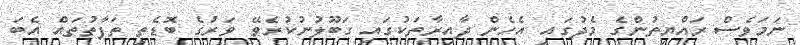
ނަމަވެސް ރައްޔިތުންގެ މެދުގައި އެހެން ދާއިރާތަކުގައި ގަބޫލުނުކުރެވޭ ވަރުގެ ބޮޑެތި ތަފާތުތައް އެބަ